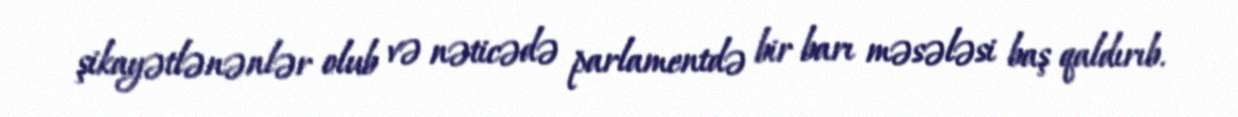
şikayətlənənlər olub və nəticədə parlamentdə bir barı məsələsi baş qaldırıb.